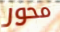
محور